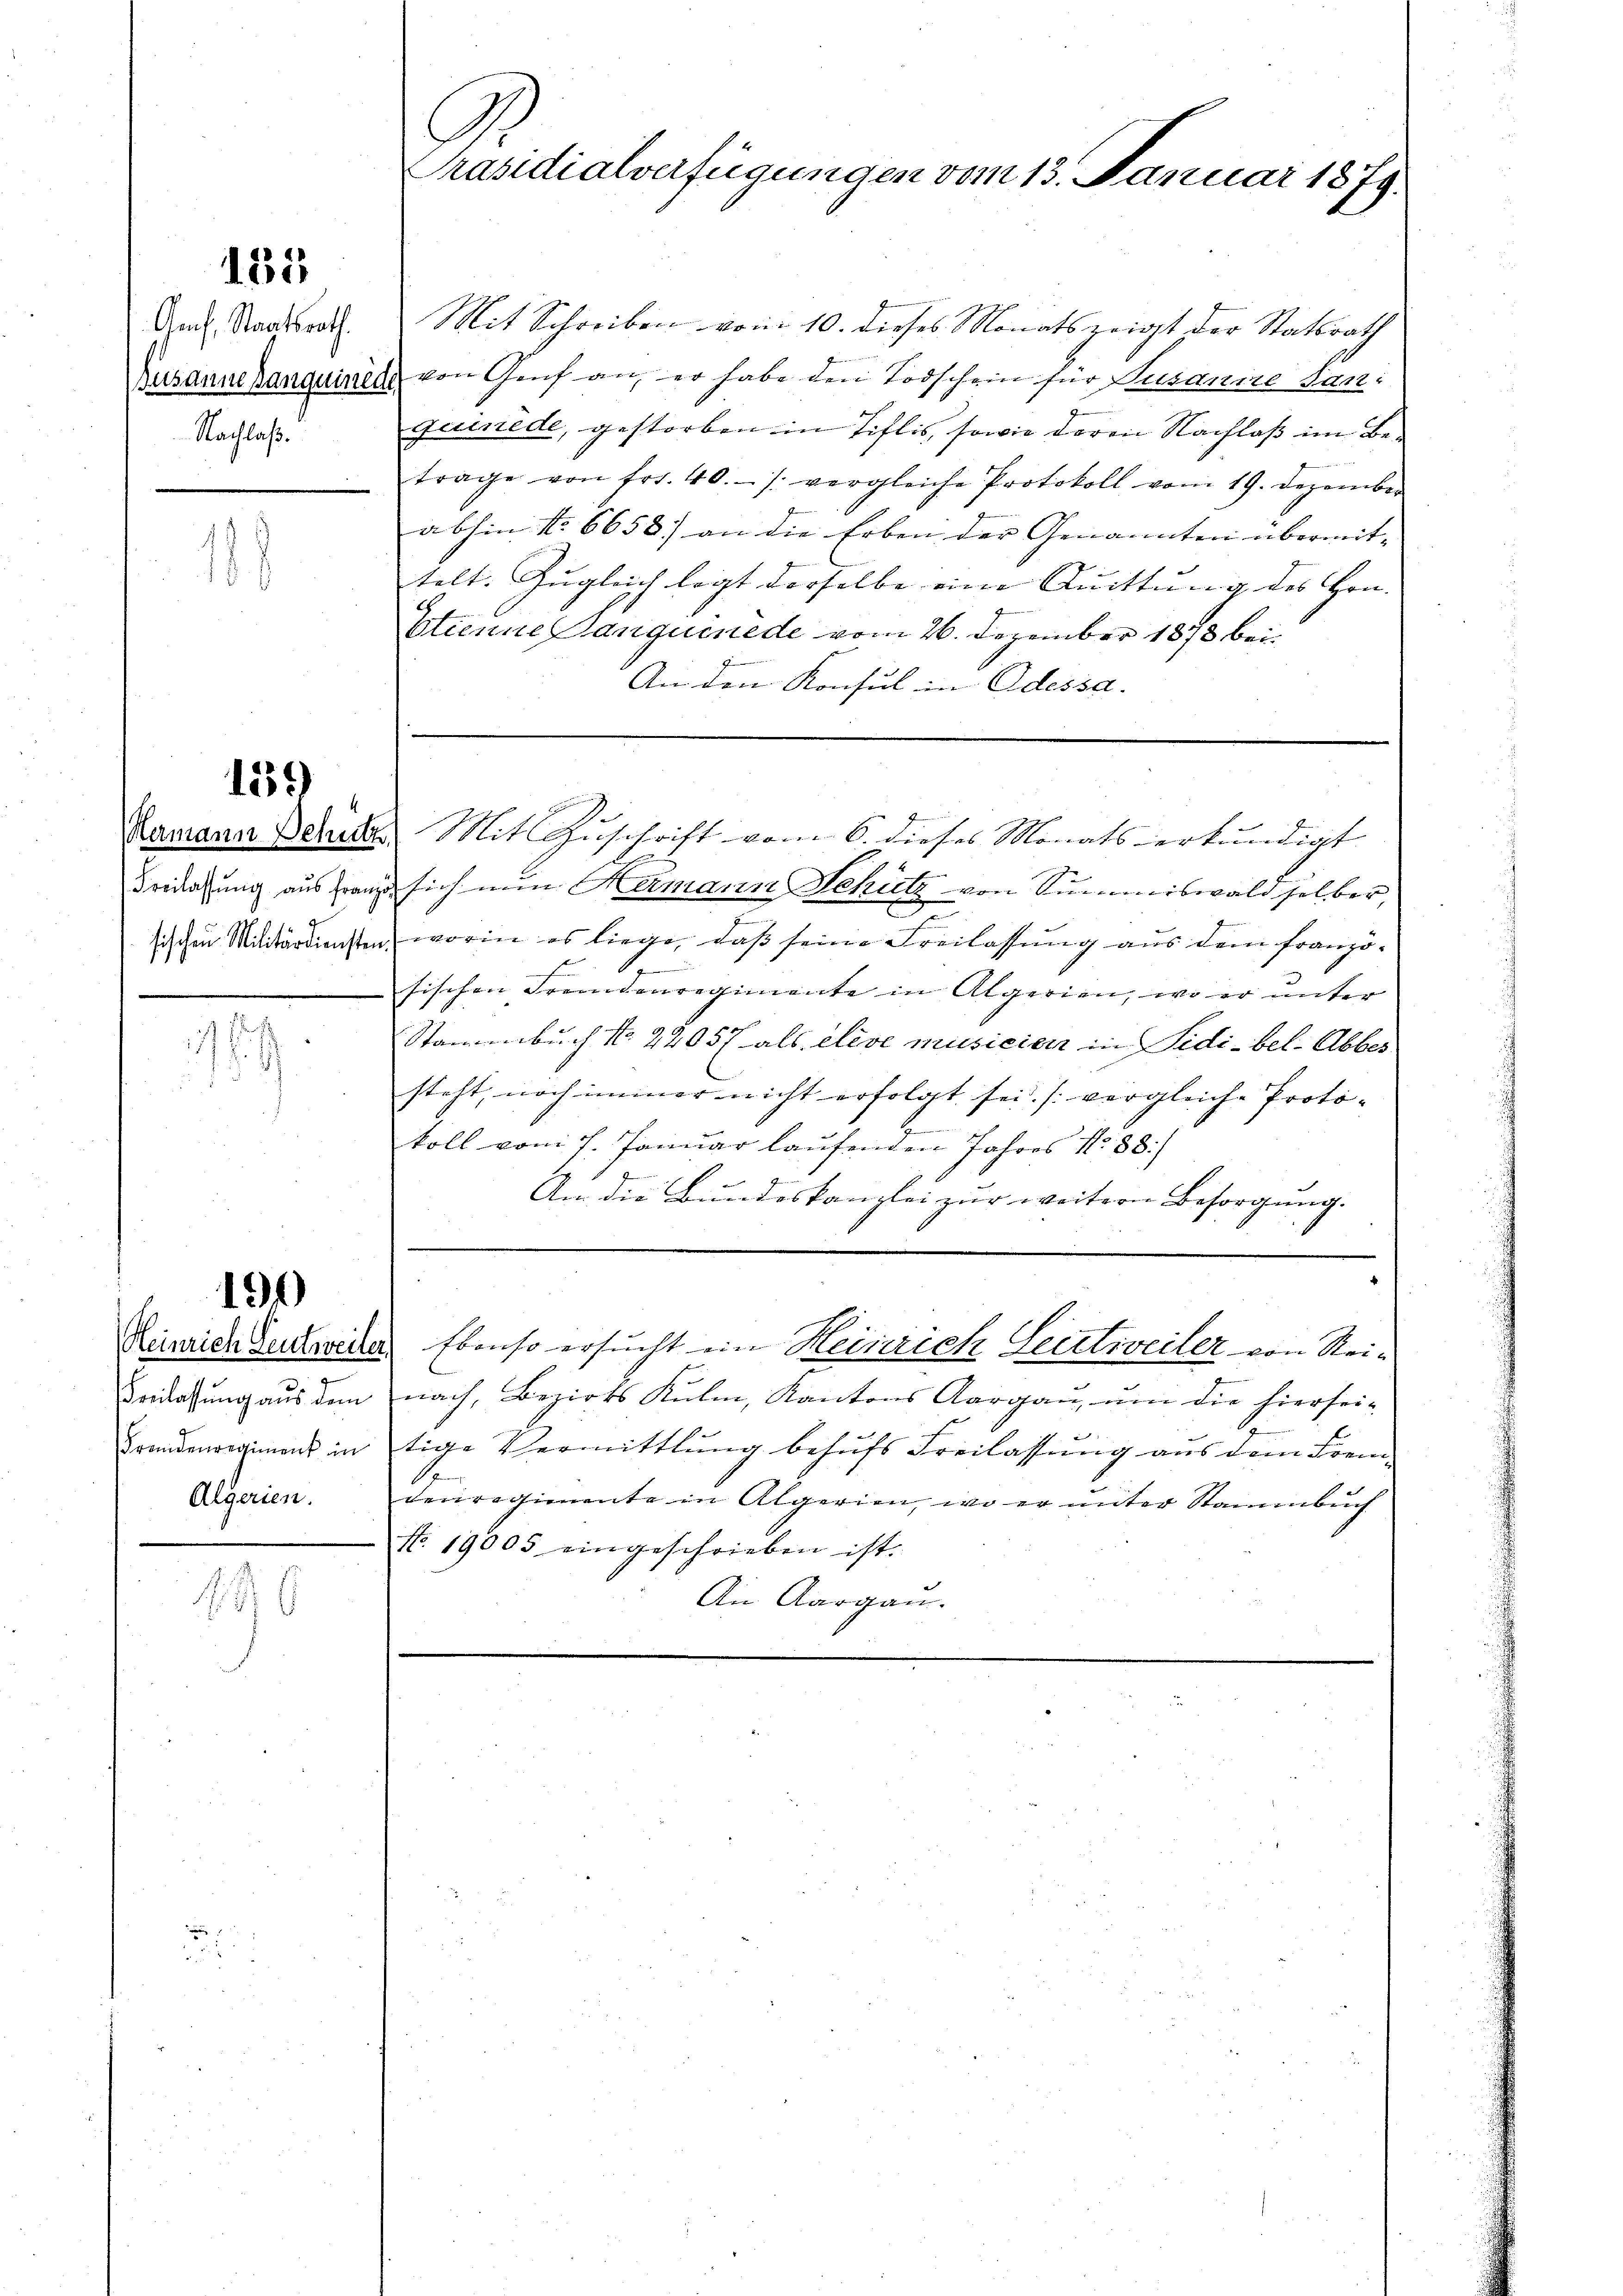
133

Genf, Staatsrath.
Nachlass.

489
18.

1559

i

190

Freilassung aus dem
Fremdenregiment in
Algerien.

146

Pusidialverfügungen vom 13. Januar 1879.

Mit Schreiben vom 10. dieses Monats zeigt der Statsrath
Busannehanquiret von Genf an, er habe den Todschein für Kuranire dan
guinede, gestorben in Tiflis, sowie deren Nachlaß im Be-
trage von fr. 40. /: vergleiche Protokoll vom 19. Dezember
abhin No 6658.) an die Erben der Genannten übermit- |
telt. Zugleich legt derselbe eine Quittung des Hrn. |
Etienne sanguinede vom 26. Dezember 1873 bei
An den Konsul in Adessa.

Ramann Behufs Mit Zuschrift vom 6. dieses Monats erkundigt
Fredachung aus franz sich nun Hermann Schütz von Summiswald selber,
sischen Militärdiensten, worin es liege, daß seine Freilassung aus dem franzö¬
.
1
sischen Fremdenregimente in Algerien, wo er unter
Stammenbuch No. 22057 als etcve musicier in Sidi-bel-Abber
steht, noch immer nicht erfolgt sei. (vergleiche Protokoll vom 7. Januar laufenden Jahres No. 88)
Am die Bundeskanzlei zur weitern Besorgung.

nach, Bezirks Kulm, Kantons Aargau, um die hiersei-
tige Vermittlung behufs Freilassung aus dem Frem¬
Sen
denregimente in Algerien, wo er unter Stammbuch
No. 19005 eingeschrieben ist.
An Aargau.

Remich denweile. Ebenso ersucht ein Heinrich Sectiveiler von Rei-